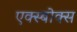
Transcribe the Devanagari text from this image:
एक्स्बोक्स